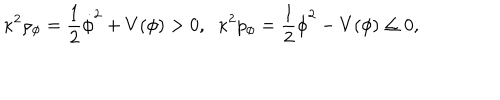
LaTeX: \kappa ^ { 2 } \rho _ { \phi } = \frac { 1 } { 2 } \dot { \phi } ^ { 2 } + V ( \phi ) > 0 , \; \; \kappa ^ { 2 } p _ { \phi } = \frac { 1 } { 2 } \dot { \phi } ^ { 2 } - V ( \phi ) \leq 0 ,